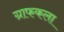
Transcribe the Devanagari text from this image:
ग्राफकला